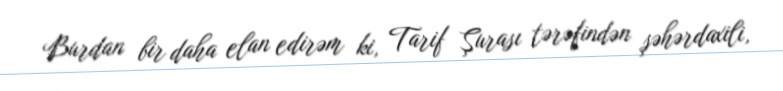
Burdan bir daha elan edirəm ki, Tarif Şurası tərəfindən şəhərdaxili,